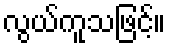
လွယ်ကူသဖြင့်။